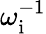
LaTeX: \omega_{\mathrm{i}}^{-1}